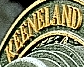
KEENELAND